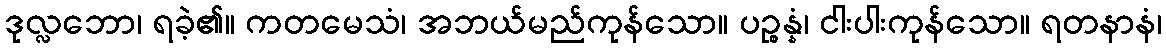
ဒုလ္လဘော၊ ရခဲ့၏။ ကတမေသံ၊ အဘယ်မည်ကုန်သော။ ပဉ္စန္နံ၊ ငါးပါးကုန်သော။ ရတနာနံ၊